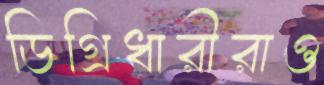
ডিগ্রিধারীরাও